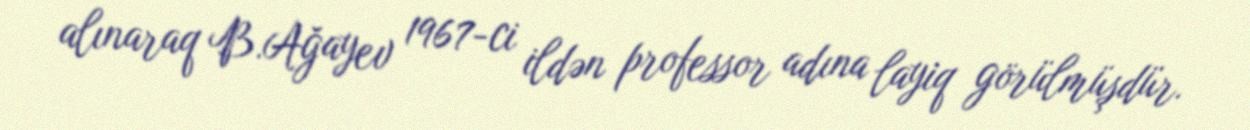
alınaraq B.Ağayev 1967-ci ildən professor adına layiq görülmüşdür.